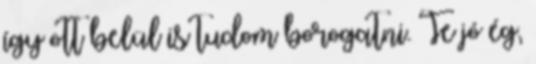
így ott belül is tudom borogatni. Te jó ég,